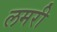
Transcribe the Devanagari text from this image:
लमरी